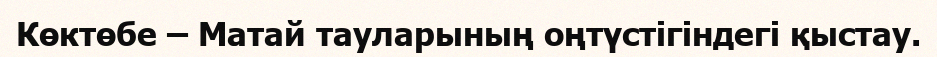
Көктөбе – Матай тауларының оңтүстігіндегі қыстау.